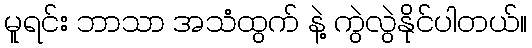
မူရင်း ဘာသာ အသံထွက် နဲ့ ကွဲလွဲနိုင်ပါတယ်။